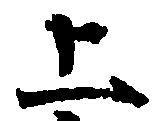
上